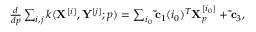
\begin{array} { r } { \frac { d } { d { p } } \sum _ { i , j } k ( \mathbf { X } ^ { [ i ] } , \mathbf { Y } ^ { [ j ] } ; p ) = \sum _ { i _ { 0 } } \mathbf { \tilde { c } } _ { 1 } ( i _ { 0 } ) ^ { T } \mathbf { X } _ { p } ^ { [ i _ { 0 } ] } + \mathbf { \tilde { c } } _ { 3 } , } \end{array}